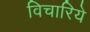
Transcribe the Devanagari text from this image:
विचारिये